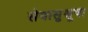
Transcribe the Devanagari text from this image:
सेवासुश्रूषा